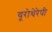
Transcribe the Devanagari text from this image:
यूरोथेरेपी